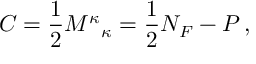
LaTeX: C = \frac { 1 } { 2 } { M ^ { \kappa } } _ { \kappa } = \frac { 1 } { 2 } N _ { F } - P \, ,